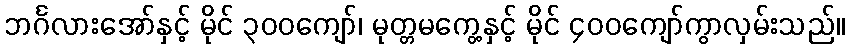
ဘင်္ဂလားအော်နှင့် မိုင် ၃၀၀ကျော်၊ မုတ္တမကွေ့နှင့် မိုင် ၄၀၀ကျော်ကွာလှမ်းသည်။